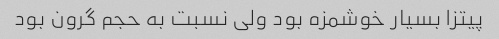
پیتزا بسیار خوشمزه بود ولی نسبت به حجم گرون بود